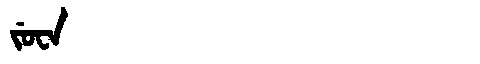
Manchu: ᠵᡠᠸᠠ
Romanization: JUWA